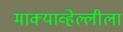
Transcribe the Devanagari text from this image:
माक्याव्हेल्लीला